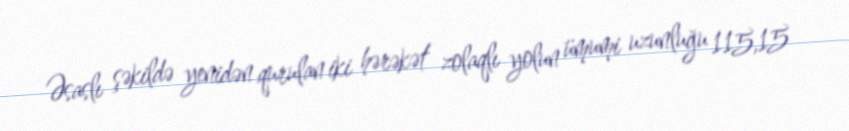
Əsaslı şəkildə yenidən qurulan iki hərəkət zolaqlı yolun ümumi uzunluğu 115,15